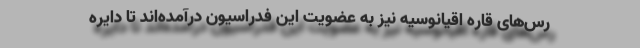
رس‌های قاره اقیانوسیه نیز به عضویت این فدراسیون درآمده‌اند تا دایره